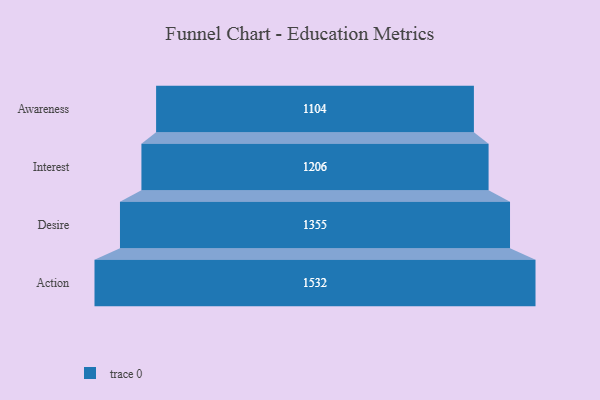
{"axis": {"x": "Stage", "y": "Value"}, "legend": [""], "data": [{"x": "Awareness", "y": 1104.0, "type": ""}, {"x": "Interest", "y": 1206.0, "type": ""}, {"x": "Desire", "y": 1355.0, "type": ""}, {"x": "Action", "y": 1532.0, "type": ""}]}